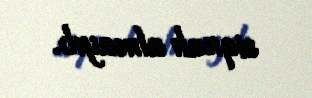
siqnalı almayıb.